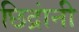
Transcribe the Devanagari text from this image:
छिद्रांनी